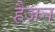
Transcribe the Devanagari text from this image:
हैजन